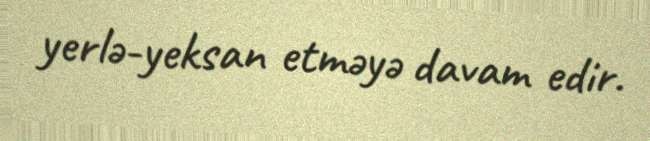
yerlə-yeksan etməyə davam edir.